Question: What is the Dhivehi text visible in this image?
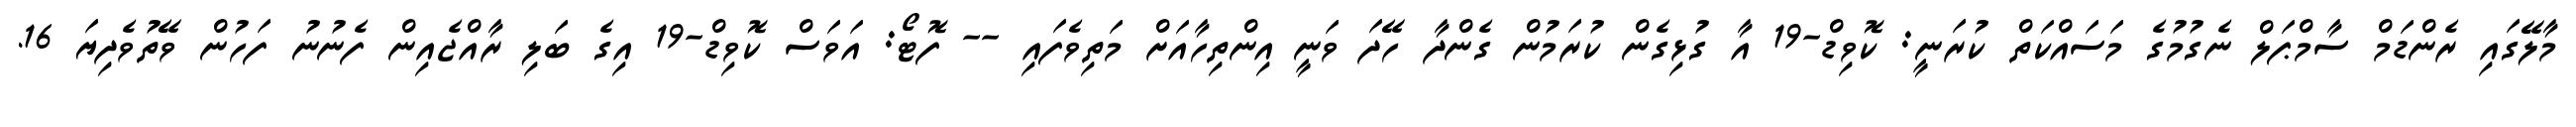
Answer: މާލޭގައި ރެންޑަމް ސާމްޕަލް ނެގުމުގެ މަސައްކަތް ކުރަނީ: ކޮވިޑް-19 އާ ގުޅިގެން ކުރަމުން ގެންދާ ހޭދަ ވަނީ އިންތިހާއަށް މަތިވެފައި -- ފޮޓޯ: އަވަސް ކޮވިޑް-19 އިގެ ބަލި ރާއްޖެއިން ފެނުނު ފަހުން ވޭތުވެދިޔަ 16.